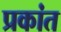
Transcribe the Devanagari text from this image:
प्रकांत